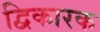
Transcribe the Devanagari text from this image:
द्विकारक